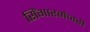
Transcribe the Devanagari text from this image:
सिंगारमंजरी